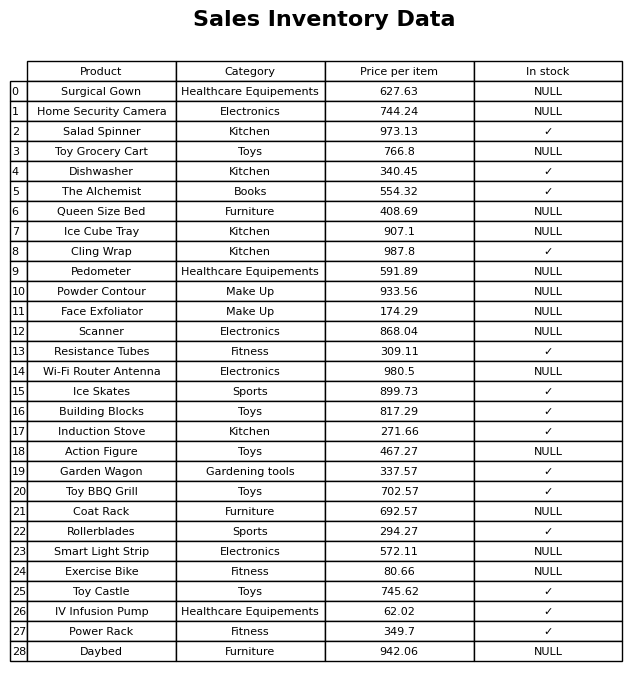
question: What is the price for Coat Rack?
answer: The price of Coat Rack is 692.57.